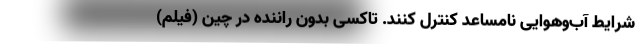
شرایط آب‌وهوایی نامساعد کنترل کنند. تاکسی‌ بدون راننده در چین (فیلم)